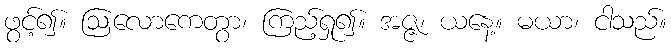
ဖွင့်၍။ ဩလောကေတွာ၊ ကြည့်ရှု၍။ အဇ္ဇ၊ ယနေ့။ မယာ၊ ငါသည်။